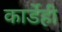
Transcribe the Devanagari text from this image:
कार्डेही